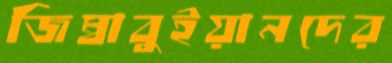
জিম্বাবুইয়ানদের